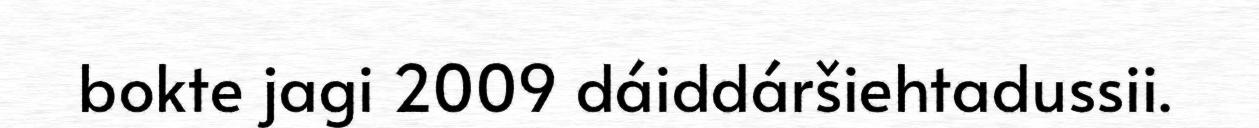
bokte jagi 2009 dáiddáršiehtadussii.